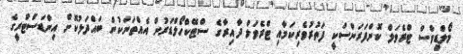
މޯލްޑިވްސް ޓްރެވަލް ކޮންފަރަންސަކީ ފަތުރުވެރިކަމާއި ޓްރެވަލް ދާއިރާގެ ސްޓޭކްހޯލްޑަރުން އެއްތަނަކުން ބައްދަލުކޮށް އިންޑަސްޓްރީގެ